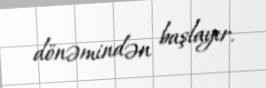
dönəmindən başlayır.